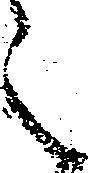
之